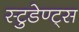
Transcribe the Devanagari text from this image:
स्टुडेण्ट्स